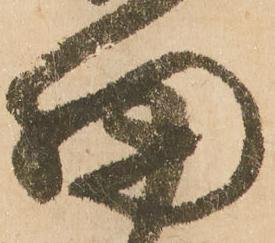
細